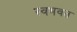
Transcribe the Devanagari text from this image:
स्वभवत